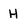
Character: H